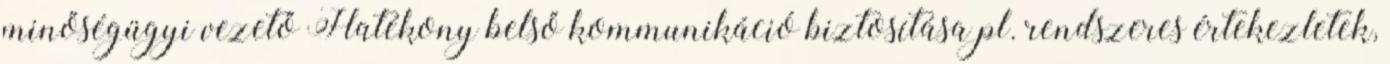
minőségügyi vezető Hatékony belső kommunikáció biztosítása pl. rendszeres értekezletek,